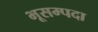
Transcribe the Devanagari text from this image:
भूसम्पदा